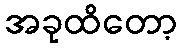
အခုထိတော့